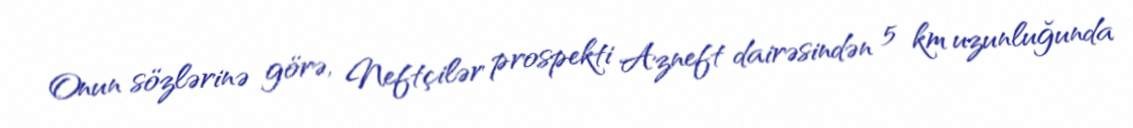
Onun sözlərinə görə, Neftçilər prospekti Azneft dairəsindən 5 km uzunluğunda